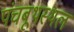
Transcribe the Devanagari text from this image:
पंचबूथस्थल